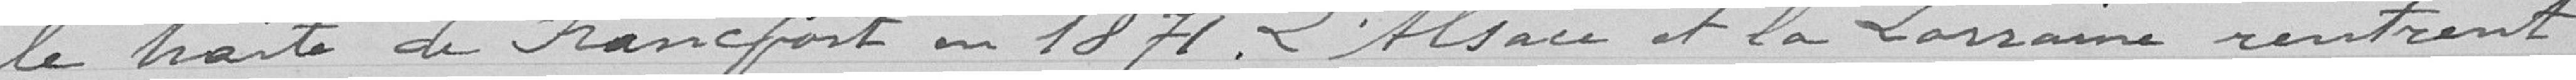
le traité de Francfort en 1871. L'Alsace et la Lorraine rentrent